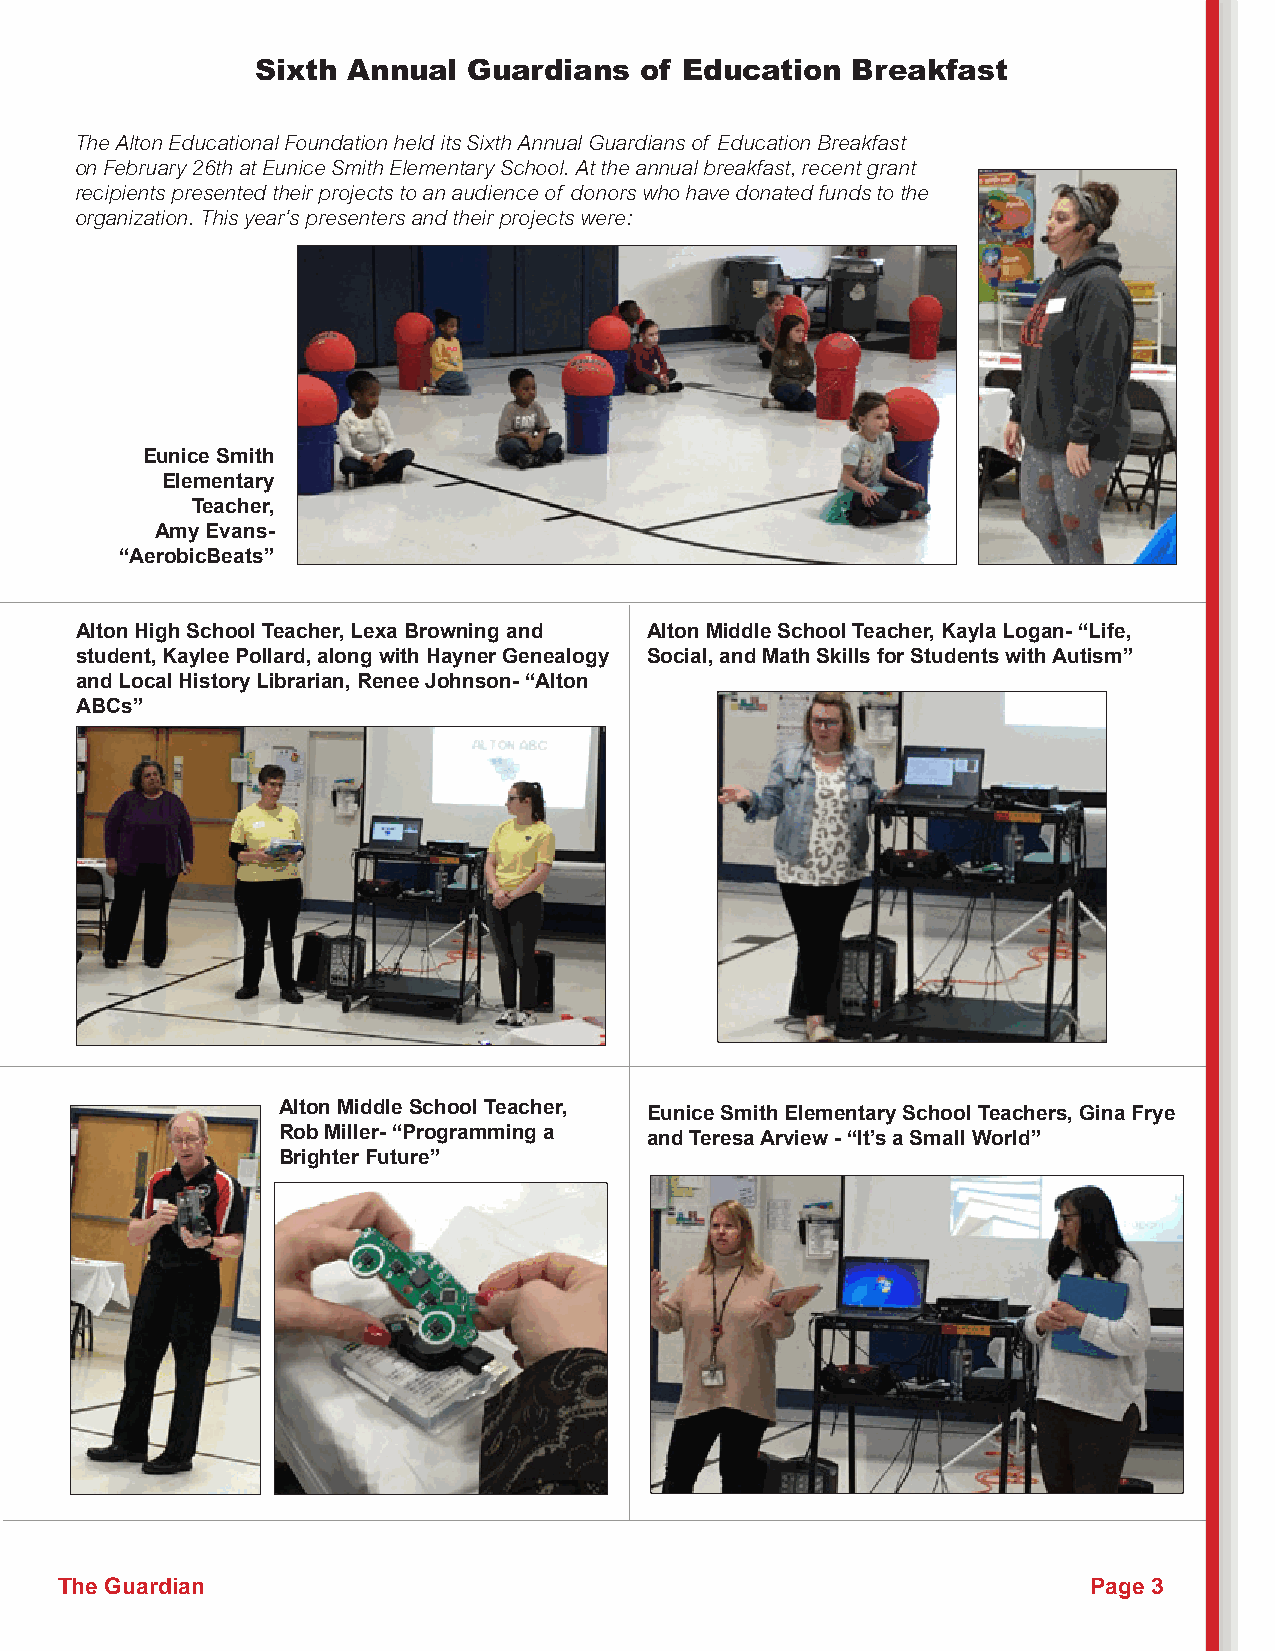
Sixth Annual  Guardians  of Education  Breakfast
 The Alton Educational Foundation held its Sixth Annual Guardians of Education Breakfast
 on February 26th at Eunice Smith Elementary School. At the annual breakfast, recent grant
 recipients presented their projects to an audience of donors who have donated funds to the
 organization. This year’s presenters and their projects were:
 Eunice Smith
 Elementary
 Teacher,
 Amy Evans-
 “AerobicBeats”
 Alton High School Teacher, Lexa Browning and Alton Middle School Teacher, Kayla Logan- “Life,
 student, Kaylee Pollard, along with Hayner Genealogy Social, and Math Skills for Students with Autism”
 and Local History Librarian, Renee Johnson- “Alton
 ABCs”
 Alton Middle School Teacher, Eunice Smith Elementary School Teachers, Gina Frye
 Rob Miller- “Programming a and Teresa Arview - “It’s a Small World”
 Brighter Future”
 The Guardian                                                        Page 3